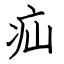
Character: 疝